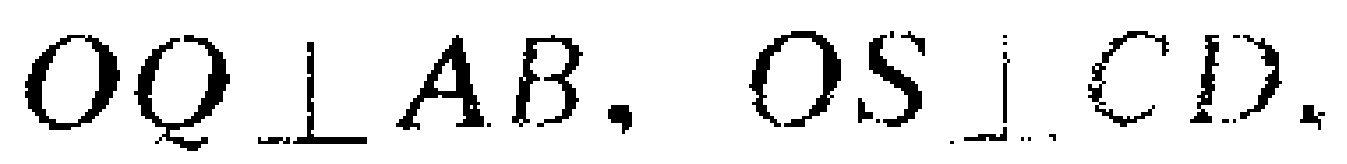
$OQ\perp AB, OS\perp CD,$